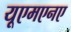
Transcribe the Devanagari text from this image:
यूएमएनए